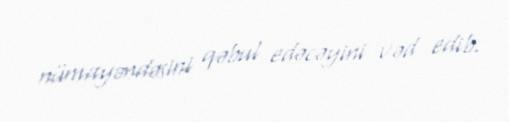
nümayəndəsini qəbul edəcəyini vəd edib.